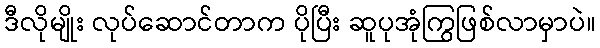
ဒီလိုမျိုး လုပ်ဆောင်တာက ပိုပြီး ဆူပုအုံကြွဖြစ်လာမှာပဲ။